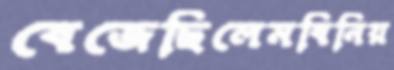
বেজেছিলেমবিনিয়